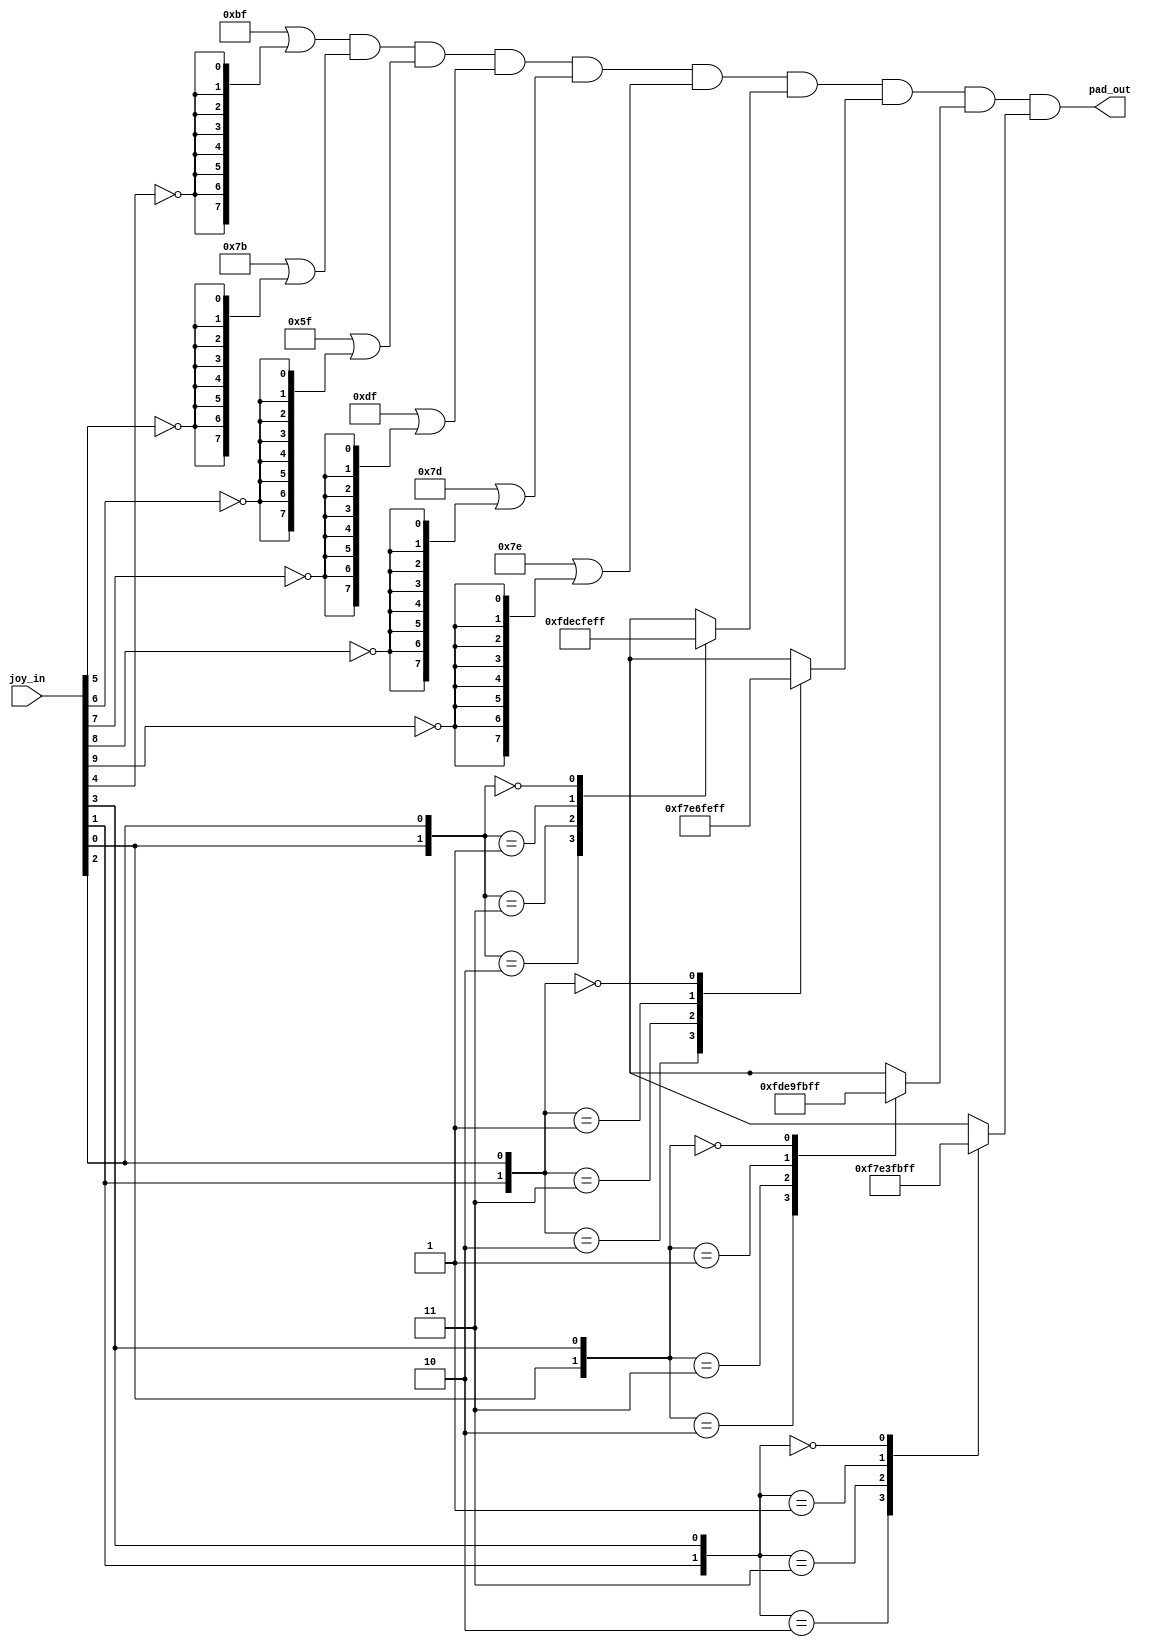
									  
module pad
(
	input  [9:0] joy_in,
	output [7:0] pad_out
);

wire [7:0] btn = 
	(8'hBF | {8{~joy_in[4]}}) & // k1
	(8'h7B | {8{~joy_in[5]}}) & // k2
	(8'h5F | {8{~joy_in[6]}}) & // k3
	(8'hDF | {8{~joy_in[7]}}) & // k4
	(8'h7D | {8{~joy_in[8]}}) & // k5
	(8'h7E | {8{~joy_in[9]}});  // k6

reg [7:0] rd, ld, ru, lu;
always @(*) begin
	case({joy_in[0],joy_in[2]})
		'b10: rd = 8'hFD;
		'b11: rd = 8'hEC;
		'b01: rd = 8'hFE;
		'b00: rd = 8'hFF;
	endcase

	case({joy_in[1],joy_in[2]})
		'b10: ld = 8'hF7;
		'b11: ld = 8'hE6;
		'b01: ld = 8'hFE;
		'b00: ld = 8'hFF;
	endcase

	case({joy_in[0],joy_in[3]})
		'b10: ru = 8'hFD;
		'b11: ru = 8'hE9;
		'b01: ru = 8'hFB;
		'b00: ru = 8'hFF;
	endcase

	case({joy_in[1],joy_in[3]})
		'b10: lu = 8'hF7;
		'b11: lu = 8'hE3;
		'b01: lu = 8'hFB;
		'b00: lu = 8'hFF;
	endcase
end

assign pad_out = btn & rd & ld & ru & lu;

endmodule